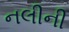
નલીની